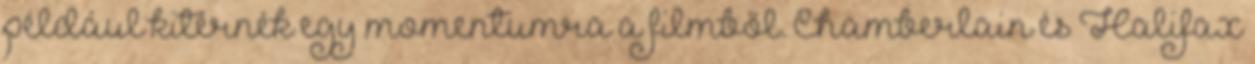
például kitérnék egy momentumra a filmből. Chamberlain és Halifax